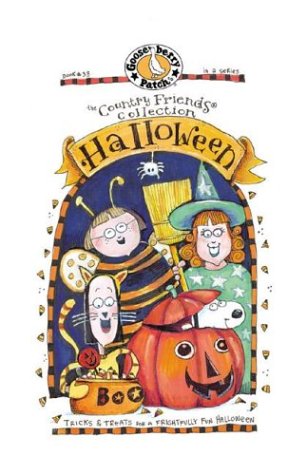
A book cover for Halloween (Country Friends Collection); Cookbooks, Food & Wine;